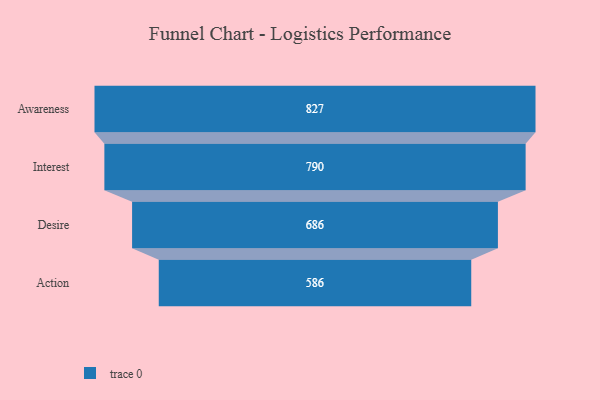
{"axis": {"x": "Stage", "y": "Value"}, "legend": [""], "data": [{"x": "Awareness", "y": 827.0, "type": ""}, {"x": "Interest", "y": 790.0, "type": ""}, {"x": "Desire", "y": 686.0, "type": ""}, {"x": "Action", "y": 586.0, "type": ""}]}